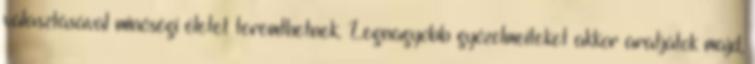
választásával minőségi életet teremthetnek. Legnagyobb győzelmeiteket akkor aratjátok majd,